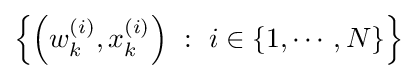
\left\{\left(w_{k}^{(i)},x_{k}^{(i)}\right)\ :\ i\in \{1,\cdots ,N\}\right\}